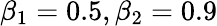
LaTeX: \beta_{1}=0.5,\beta_{2}=0.9